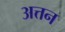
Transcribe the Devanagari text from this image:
अत्तन